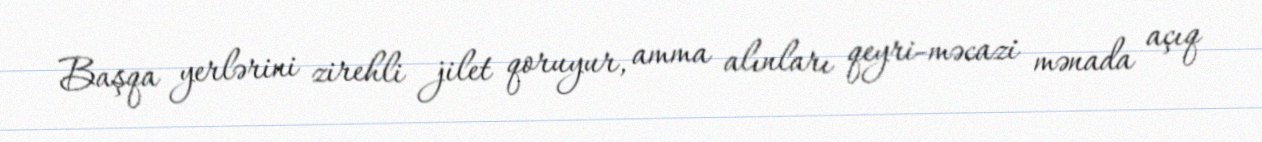
Başqa yerlərini zirehli jilet qoruyur, amma alınları qeyri-məcazi mənada açıq